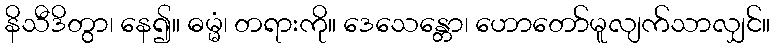
နိသီဒိတွာ၊ နေ၍။ ဓမ္မံ၊ တရားကို။ ဒေသေန္တော၊ ဟောတော်မူလျက်သာလျှင်။